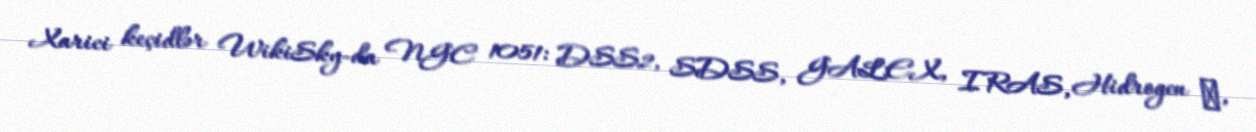
Xarici keçidlər WikiSky-da NGC 1051: DSS2, SDSS, GALEX, IRAS, Hidrogen α,